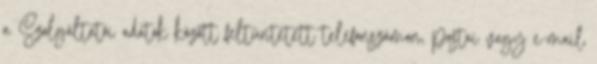
a Szolgáltatói adatok között feltüntetett telefonszámon, postai vagy e-mail